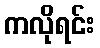
ကလိုရင်း